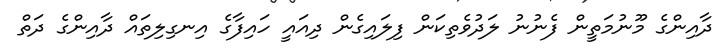
ދާއިންގެ މޫނުމަތީން ފެނުނު ލަދުވެތިކަން ފިލައިގެން ދިއައީ ހައިފާގެ އިނގިލިތައް ދާއިންގެ ދަތް